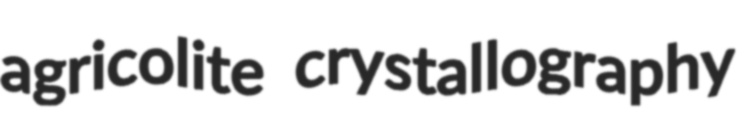
agricolite crystallography